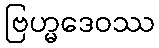
ဗြဟ္မဒေဝဿ